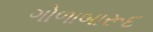
ગોળાબારૂદ